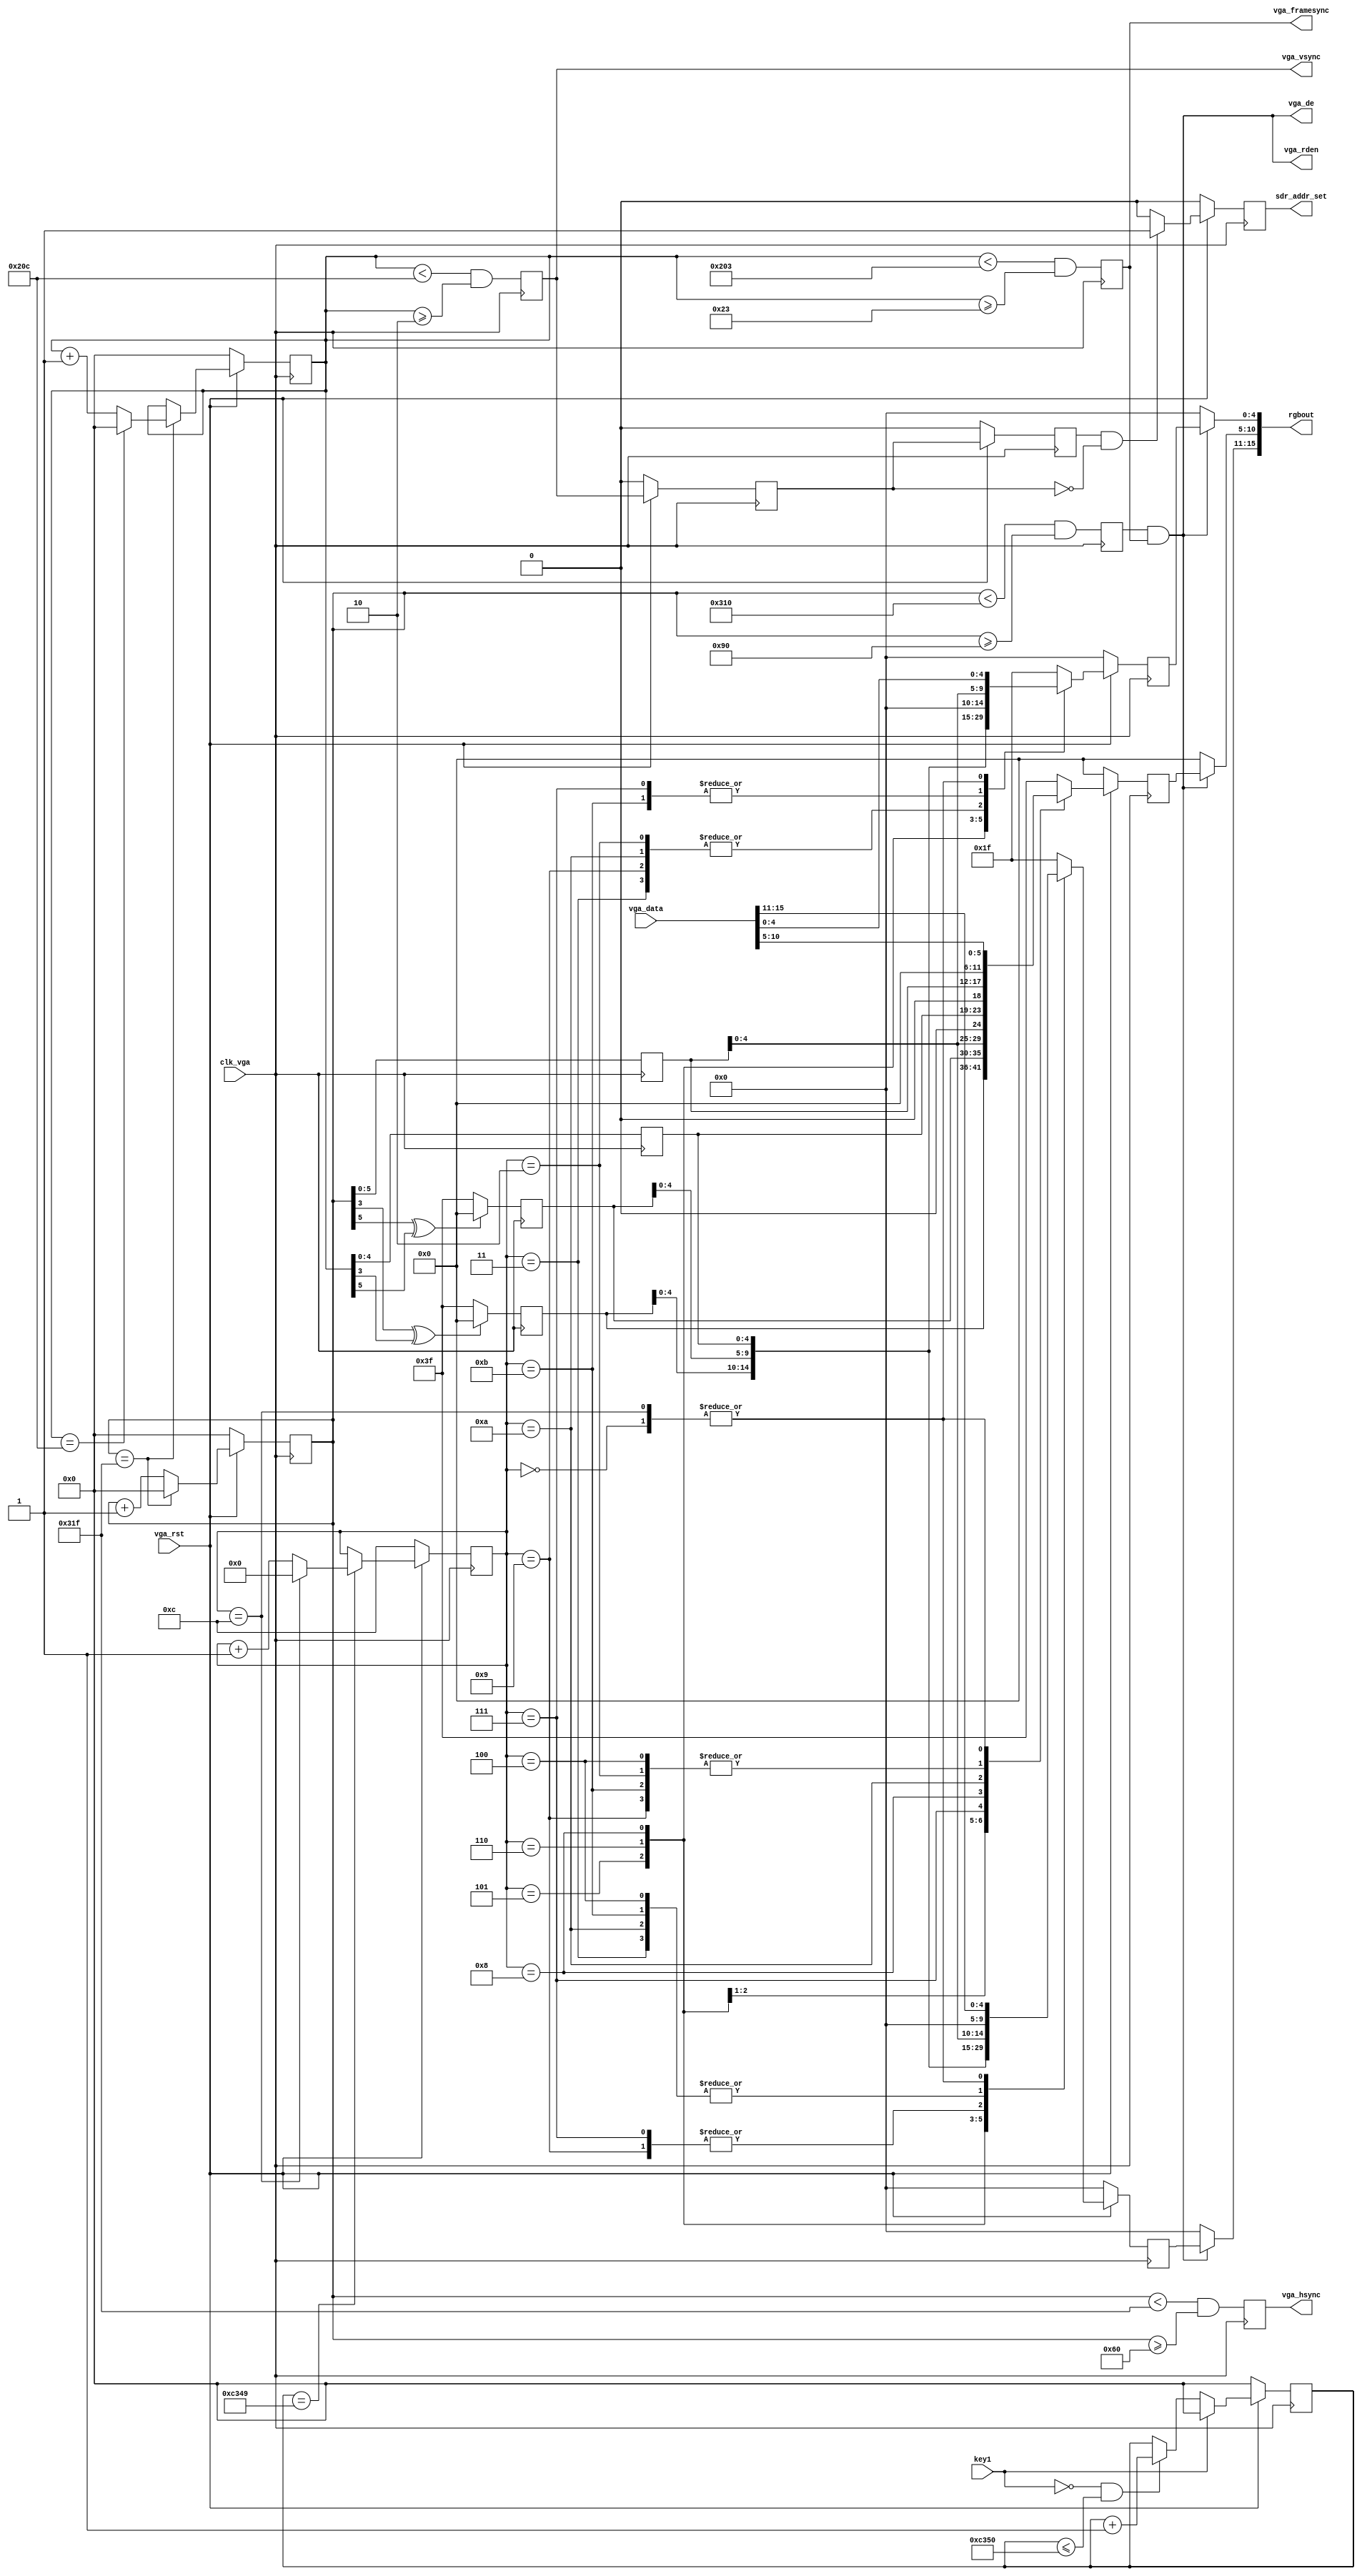
`timescale 1ns / 1ps
//////////////////////////////////////////////////////////////////////////////////
// Module Name:    vga_driver 
//////////////////////////////////////////////////////////////////////////////////
module vga_driver2(
	 input clk_vga,                 //vga
	 input vga_rst,                 
	 input key1,                    //1LCD
 
//	 output [4:0] vga_r,
//    output [5:0] vga_g,
//    output [4:0] vga_b,
	 output	[15:0]rgbout,
    output reg vga_hsync,
    output reg vga_vsync,
    output vga_de,

	 input [15:0] vga_data,        //SDR	 
	 output reg sdr_addr_set,       //Sdr
	 output vga_framesync,
	 output vga_rden
);

//-----------------------------------------------------------//
// 1024*768 60Hz VGA
//-----------------------------------------------------------//
parameter H_ACTIVE = 16'd640;   //
parameter H_FP = 16'd16;        //
parameter H_SYNC = 16'd96;      //
parameter H_BP = 16'd48;        //
parameter V_ACTIVE = 16'd480;   //
parameter V_FP 	= 16'd10;     //
parameter V_SYNC  = 16'd2;      //
parameter V_BP	= 16'd33;        //
parameter H_TOTAL = 800 ;//1344
parameter V_TOTAL = 525;//806  

wire [4:0] vga_r;
wire [5:0] vga_g;
wire [4:0] vga_b;
assign	rgbout = {vga_r,vga_g,vga_b};
reg [3:0] vga_dis_mode;

reg [4:0] vga_r_reg;
reg [5:0] vga_g_reg;
reg [4:0] vga_b_reg;

reg [15:0] hcount;            // counter
reg [15:0] vcount;            // counter

reg h_active, v_active/*synthesis noprune*/;


reg [5:0] grid_data_1;        //1
reg [5:0] grid_data_2;        //2
reg [5:0] h_htl_data;         //
reg [5:0] v_htl_data;         //

reg vga_vsync_buf1;
reg vga_vsync_buf2; 

reg [15:0] key1_counter;                 //


//LCD

assign vga_r=vga_de ? vga_r_reg : 5'd0;
assign vga_g=vga_de ? vga_g_reg : 6'd0;
assign vga_b=vga_de ? vga_b_reg : 5'd0;

assign vga_rden=vga_de;
  
assign vga_framesync=v_active;


	
 //
 always @(posedge clk_vga) 
 begin
 if (!vga_rst) 
	       hcount<=0; 
 else 
     if (hcount==H_TOTAL-1)                 //928
            hcount<=0;
     else
            hcount<=hcount+1'b1;
end

 //
 always @(posedge clk_vga) 
 begin
 if (!vga_rst) 
	       vcount<=0; 
 else 
     if (hcount==H_TOTAL-1)                
			begin
				if(vcount == V_TOTAL - 1)
					vcount <= 0;
				else
					vcount <= vcount + 1'b1;
			end
 end


 //
always @ (posedge	clk_vga)
begin
 	vga_hsync <= (hcount < H_TOTAL - 1) && (hcount >= H_SYNC);
 	h_active	<= (hcount < H_TOTAL - H_FP) && (hcount >= H_SYNC + H_BP); 
	          
 	vga_vsync <= (vcount < V_TOTAL -1) && (vcount >= V_SYNC);
 	v_active	<= (vcount < V_TOTAL - V_FP ) && (vcount >= V_SYNC + V_BP); 

end
assign vga_de = h_active && v_active;

 
  //LCD 
 always @(negedge clk_vga)   
   begin
     if ((hcount[3]==1'b1) ^ (vcount[3]==1'b1))         //1
			    grid_data_1<= 6'b000000;
	  else
				 grid_data_1<=6'b111111; 
				 
	  if ((hcount[5]==1'b1) ^ (vcount[5]==1'b1))         //1 
			    grid_data_2<=6'b000000;
	  else
				 grid_data_2<=6'b111111; 
				 
     h_htl_data<=hcount[5:0];                             //
	  v_htl_data<=vcount[5:0];                             //
   
	end
  

 //LCD 
 always @(negedge clk_vga)  
   if (!vga_rst) begin 
	    vga_r_reg<=0; 
	    vga_g_reg<=0;
	    vga_b_reg<=0;		 
	end
   else
     case(vga_dis_mode)
         4'b0000:begin
			        vga_r_reg<=vga_data[15:11];          //LCDsdr
                 vga_g_reg<=vga_data[10:5];
                 vga_b_reg<=vga_data[4:0];
					  end
			4'b0001:begin
			        vga_r_reg<=5'b11111;             //LCD
                 vga_g_reg<=6'b111111;
                 vga_b_reg<=5'b11111;
					  end
			4'b0010:begin
			        vga_r_reg<=5'b11111;             //LCD
                 vga_g_reg<=0;
                 vga_b_reg<=0;  
                 end			  
	      4'b0011:begin
			        vga_r_reg<=0;                     //LCD
                 vga_g_reg<=6'b111111;
                 vga_b_reg<=0; 
                 end					  
         4'b0100:begin     
			        vga_r_reg<=0;                     //LCD
                 vga_g_reg<=0;
                 vga_b_reg<=5'b11111;
					  end
         4'b0101:begin     
			        vga_r_reg<=grid_data_1;           // LCD1
                 vga_g_reg<=grid_data_1;
                 vga_b_reg<=grid_data_1;
                 end					  
         4'b0110:begin     
			        vga_r_reg<=grid_data_2;           // LCD2
                 vga_g_reg<=grid_data_2;
                 vga_b_reg<=grid_data_2;
					  end
		   4'b0111:begin     
			        vga_r_reg<=h_htl_data;           //LCD
                 vga_g_reg<={h_htl_data[4:0],1'b0};
                 vga_b_reg<=h_htl_data;
					  end
		   4'b1000:begin     
			        vga_r_reg<=v_htl_data;           //LCD
                 vga_g_reg<={v_htl_data[4:0],1'b0};
                 vga_b_reg<=v_htl_data;
					  end
		   4'b1001:begin     
			        vga_r_reg<=h_htl_data;           //LCD
                 vga_g_reg<=0;
                 vga_b_reg<=0;
					  end
		   4'b1010:begin     
			        vga_r_reg<=0;                   //LCD
                 vga_g_reg<=h_htl_data;
                 vga_b_reg<=0;
					  end
		   4'b1011:begin     
			        vga_r_reg<=0;                   //LCD
                 vga_g_reg<=0;
                 vga_b_reg<=h_htl_data;
					  end
		   4'b1100:begin     
			        vga_r_reg<=vga_data[15:11];          //LCDsdr
                 vga_g_reg<=vga_data[10:5];
                 vga_b_reg<=vga_data[4:0];
					  end
		   default:begin
			        vga_r_reg<=5'b11111;             //LCD
                 vga_g_reg<=6'b111111;
                 vga_b_reg<=5'b11111;
					  end					  
         endcase
			
 //	
  always @(posedge clk_vga)
   if (!vga_rst) begin
	    key1_counter<=0;
	    vga_dis_mode<=4'b1100;
	end
	else begin
	    if (key1==1'b1)                                      //0
	       key1_counter<=0;
	    else if ((key1==1'b0) & (key1_counter<=16'hc350))    //1ms,      
          key1_counter<=key1_counter+1'b1;
  	  
       if (key1_counter==16'hc349) begin                    //   
		      if(vga_dis_mode==4'b1100)
			      vga_dis_mode<=4'b0000;
			   else
			      vga_dis_mode<=vga_dis_mode+1'b1; 
       end				 
     end 

 //ddr	
  always @(posedge clk_vga)
   if (!vga_rst) begin
	    vga_vsync_buf1<=1'b0;
		 vga_vsync_buf2<=1'b0;
	    sdr_addr_set<=1'b0;
     end
   else begin
		 vga_vsync_buf1<=vga_vsync;
		 vga_vsync_buf2<=vga_vsync_buf1;
       if (vga_vsync_buf2&~vga_vsync_buf1)      //vsync,sdr
		   sdr_addr_set<=1'b1;
		 else
		   sdr_addr_set<=1'b0;		   
	end


			
endmodule